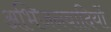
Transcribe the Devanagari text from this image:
अभिजनवादियों